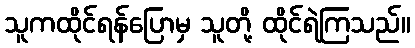
သူကထိုင်ရန်ပြောမှ သူတို့ ထိုင်ရဲကြသည်။